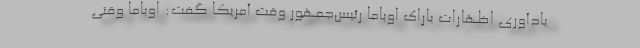
یادآوری اظهارات باراک اوباما رئیس‌جمهور وقت آمریکا گفت: اوباما وقتی